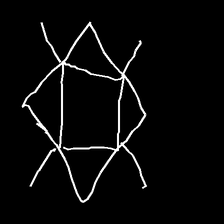
Glyph: light